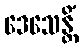
ဒေသေန္တိံ